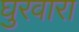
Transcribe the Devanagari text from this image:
घुरवारा